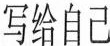
写给自己